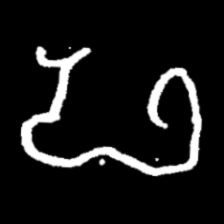
Pyu character \u2014 Myanmar letter: ဖ (romanized: pha)